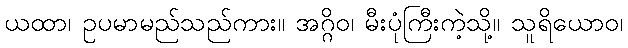
ယထာ၊ ဥပမာမည်သည်ကား။ အဂ္ဂိဝ၊ မီးပုံကြီးကဲ့သို့။ သူရိယောဝ၊